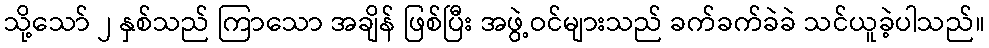
သို့သော် ၂ နှစ်သည် ကြာသော အချိန် ဖြစ်ပြီး အဖွဲ့ဝင်များသည် ခက်ခက်ခဲခဲ သင်ယူခဲ့ပါသည်။